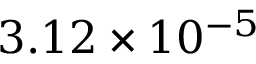
3 . 1 2 \times 1 0 ^ { - 5 }